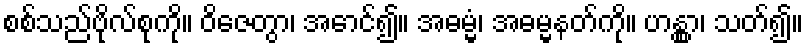
စစ်သည်ဗိုလ်စုကို။ ဝိဇေတွာ၊ အောင်၍။ အဓမ္မံ၊ အဓမ္မနတ်ကို။ ဟန္တွာ၊ သတ်၍။